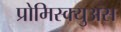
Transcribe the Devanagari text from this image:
प्रोमिस्क्युअस